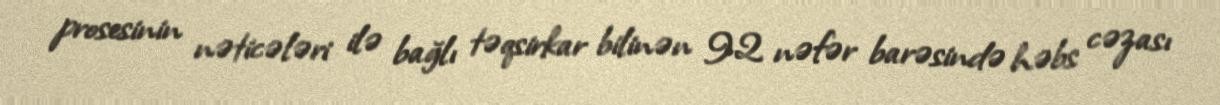
prosesinin nəticələri ilə bağlı təqsirkar bilinən 92 nəfər barəsində həbs cəzası